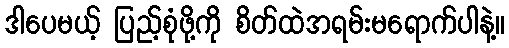
ဒါပေမယ့် ပြည့်စုံဖို့ကို စိတ်ထဲအရမ်းမရောက်ပါနဲ့။